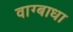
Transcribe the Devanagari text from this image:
वाग्बाधा